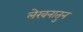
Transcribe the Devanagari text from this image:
लेखनातुन